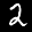
Label: 2